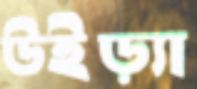
উইড়্যা